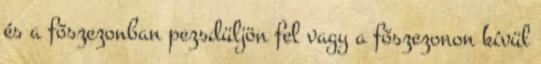
és a főszezonban pezsdüljön fel vagy a főszezonon kívül